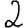
Digit: 2